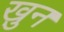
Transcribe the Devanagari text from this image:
ख़ुन